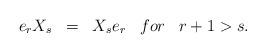
LaTeX: \begin{align*}e_rX_s\;\;=\;\;X_se_r \;\;\; for\;\;\; r+1>s.\end{align*}